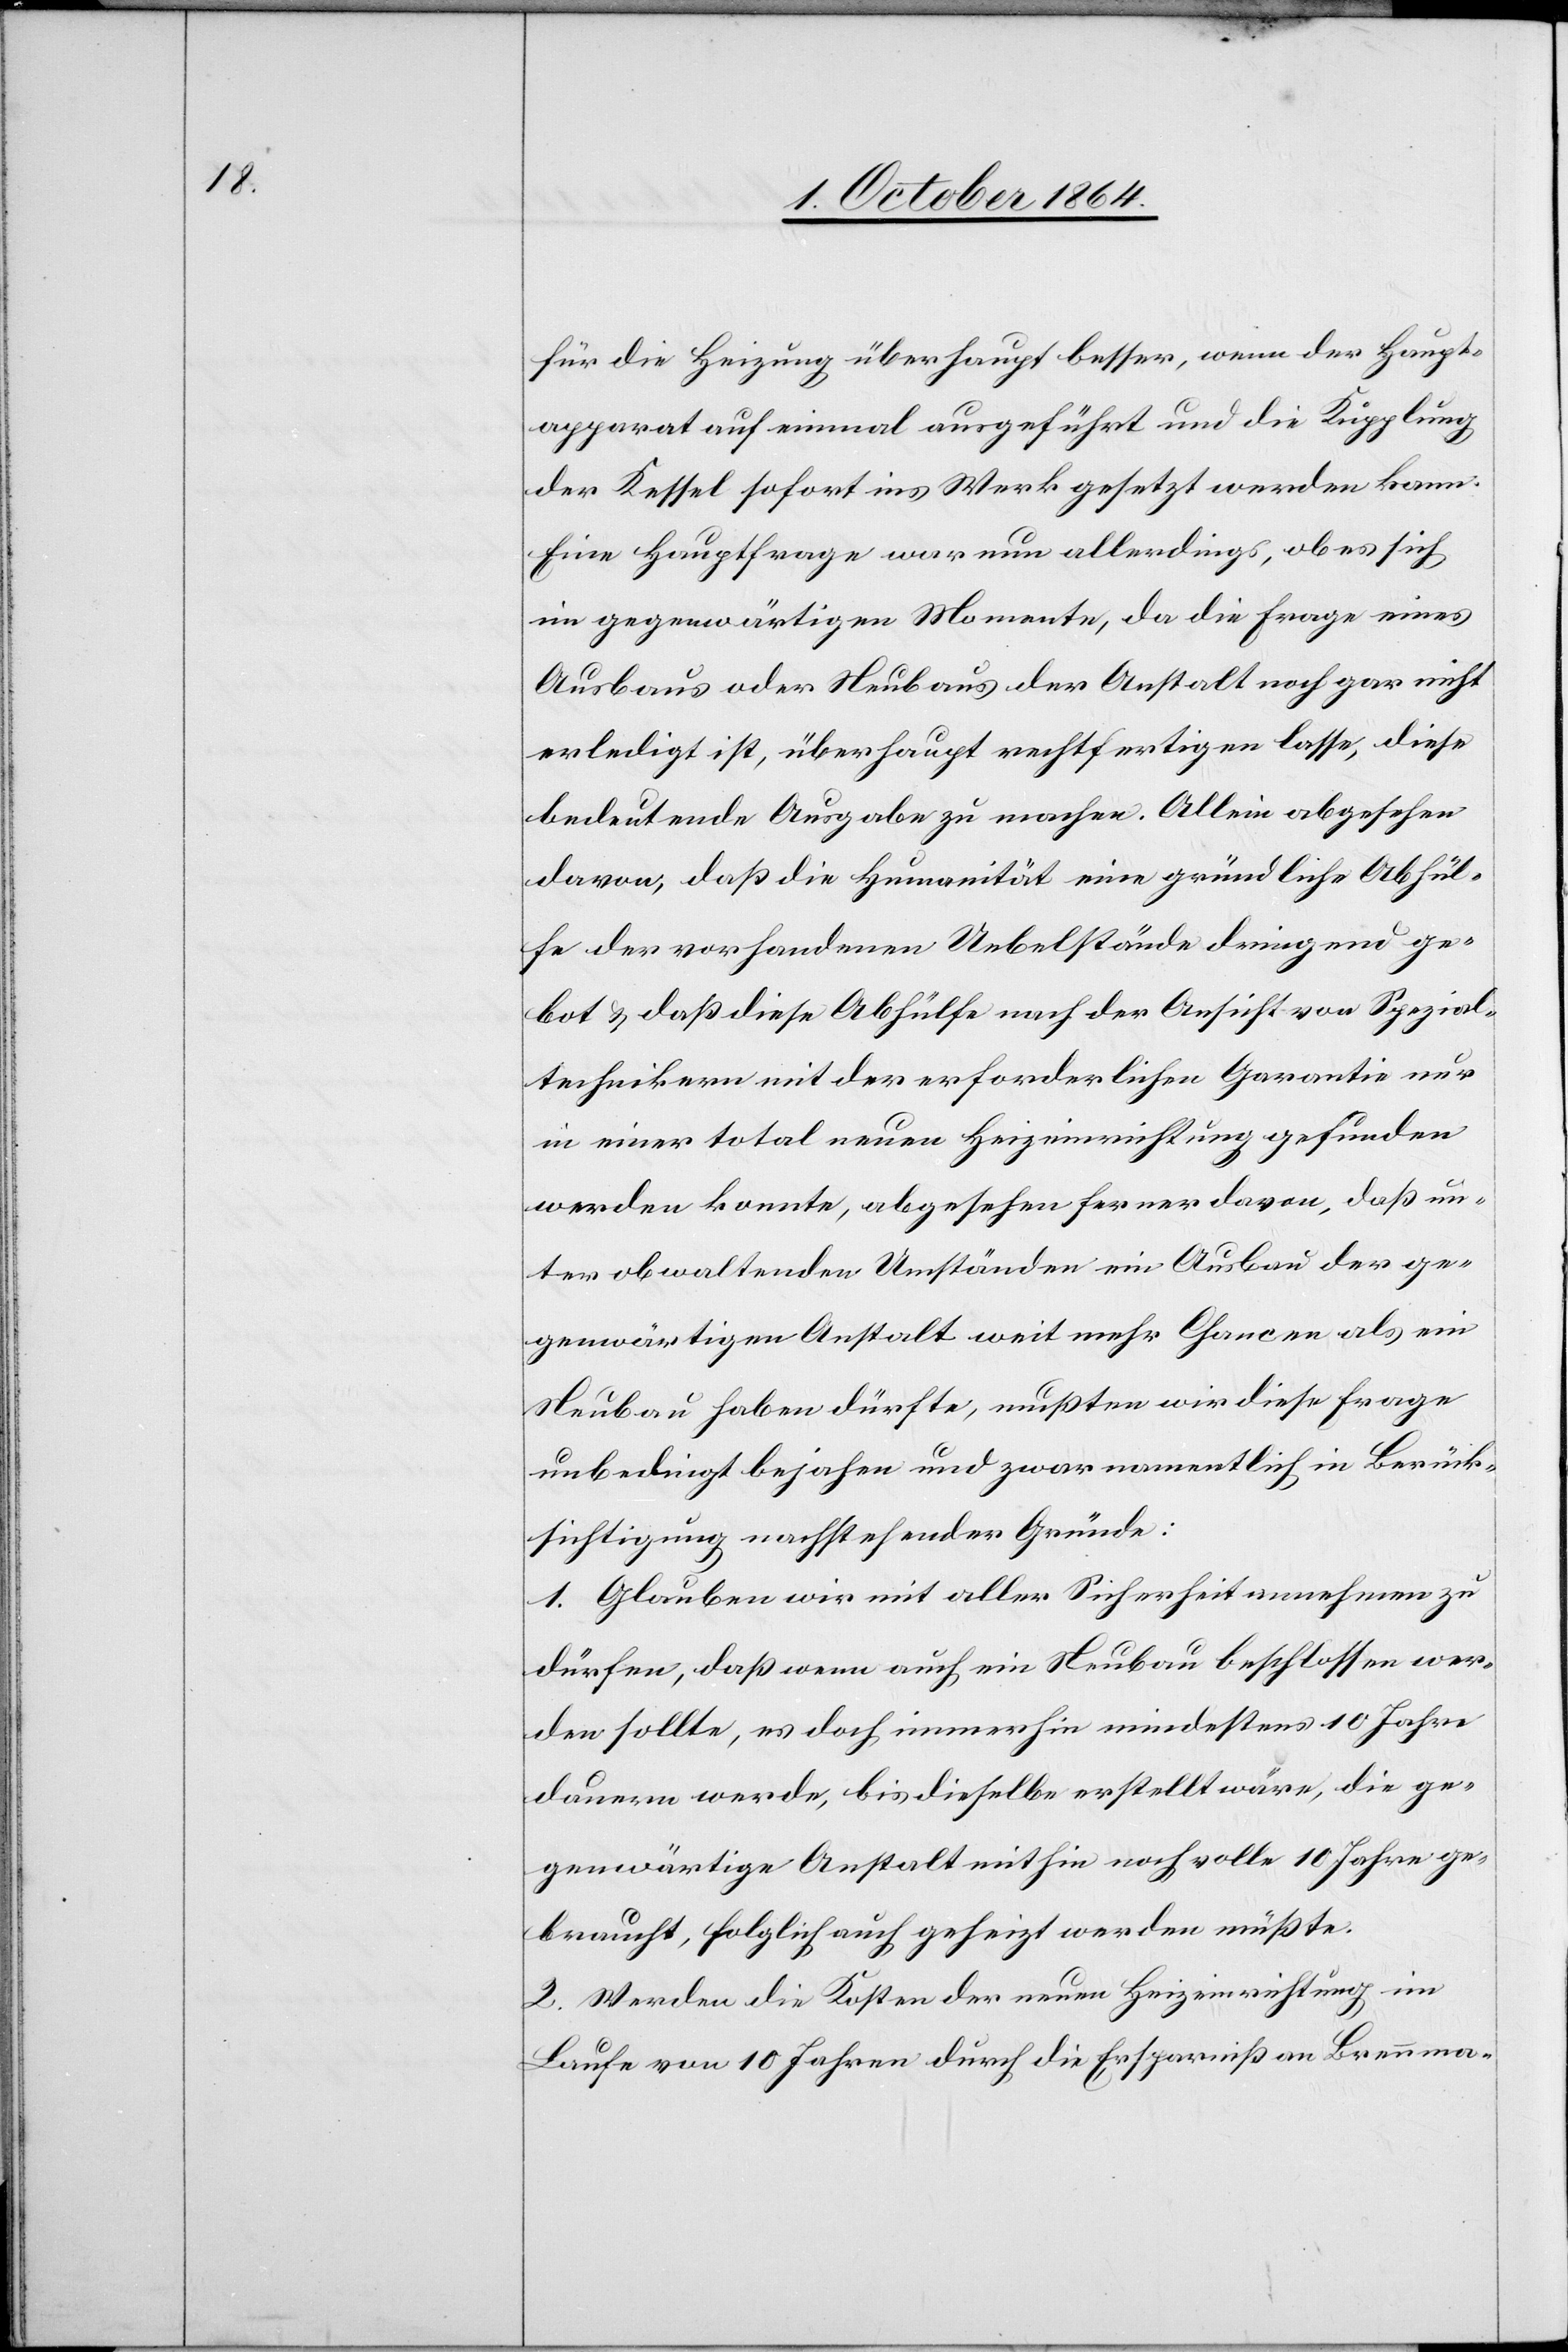
für die Heizung überhaupt besser, wenn der Haupt¬
apparat auf einmal angeführt und die Kupplung
der Kessel sofort ins Werk gesetzt werden kann.
Eine Hauptfrage war nun allerdings, ob es sich
im gegenwärtigen Momente, da die Frage eines
Ausbaus oder Neubaus der Anstalt noch gar nicht
erledigt ist, überhaupt rechtfertigen lasse, diese
bedeutende Ausgabe zu machen. Allein abgesehen
davon, daß die Humanität eine gründliche Abhül¬
fe der vorhandenen Uebelstände dringend ge¬
bot & daß diese Abhülfe nach der Ansicht von Spezial¬
technikern mit der erforderlichen Garantie nur
in einer total neuen Heizeinrichtung gefunden
werden konnte, abgesehen ferner davon, daß un¬
ter obwaltenden Umständen ein Ausbau der ge¬
genwärtigen Anstalt weit mehr Chancen als ein
Neubau haben dürfte, mußten wir diese Frage
unbedingt bejahen und zwar namentlich in Berück¬
sichtigung nachstehender Gründe:
1. Glauben wir mit aller Sicherheit annehmen zu
dürfen, daß wenn auch ein Neubau beschlossen wer¬
den sollte, es doch immerhin mindestens 10 Jahre
dauern werde, bis dieselbe [sic!] erstellt wäre, die ge¬
genwärtige Anstalt mithin noch volle 10 Jahre ge¬
braucht, folglich auch geheizt werden müßte.
2. Werden die Kosten der neuen Heizeinrichtung im
Laufe von 10 Jahren durch die Ersparnis an Brennma-